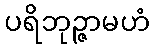
ပရိဘုဉ္ဇာမဟံ